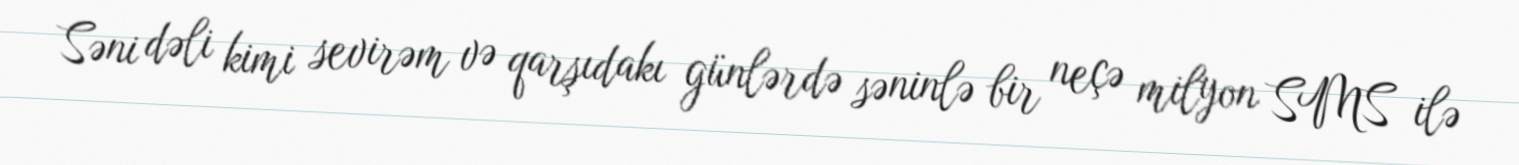
Səni dəli kimi sevirəm və qarşıdakı günlərdə səninlə bir neçə milyon SMS ilə